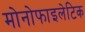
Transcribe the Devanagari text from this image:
मोनोफाइलेटिक